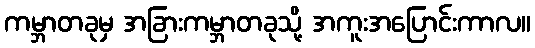
ကမ္ဘာတခုမှ အခြားကမ္ဘာတခုသို့ အကူးအပြောင်းကာလ။